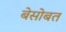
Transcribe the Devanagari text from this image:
बेसोबत